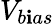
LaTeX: V_{b\mathbf{i}as}